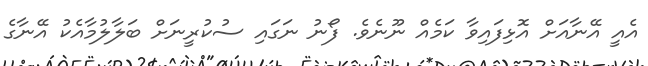
އެއީ އޭނާއަށް އޮޅިފައިވާ ކަމެއް ނޫނެވެ. ފޯނު ނަގައި ސުކުރީނަށް ބަލާލުމާއެކު އޭނާގެ